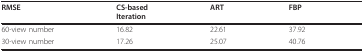
| RMSE | CS-basedIteration | ART | FBP |
 | --- | --- | --- | --- |
 | 60-view number | 16.82 | 22.61 | 37.92 |
 | 30-view number | 17.26 | 25.07 | 40.76 |